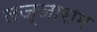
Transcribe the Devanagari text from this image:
लज्जाराम